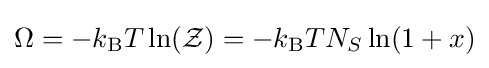
\Omega =-k_{\rm {B}}T\ln({\mathcal {Z}})=-k_{\rm {B}}TN_{S}\ln(1+x)